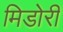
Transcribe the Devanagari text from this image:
मिडोरी